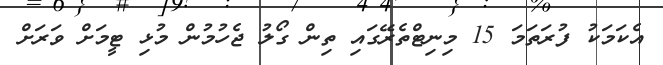
އެކަމަކު ފުރަތަމަ 15 މިނިޓްތެރޭގައި ތިން ގޯލު ޖެހުމުން މުޅި ޓީމަށް ވަރަށް